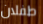
طفلان